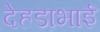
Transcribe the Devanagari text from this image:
देहडाभाई